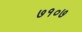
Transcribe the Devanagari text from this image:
७१०७